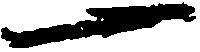
一